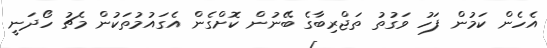
އެހެން ކަމުން ފަހު ވަގުތު ތަޖްރިބާގެ ބޭނުން ކޮށްގެން އެގައުމުތަކުން މެޗު ހޯދަނީ